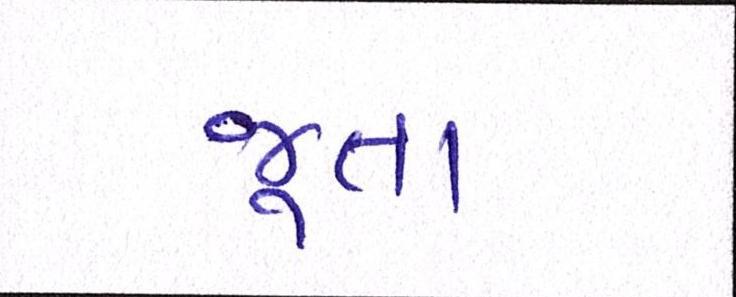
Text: જૂતા